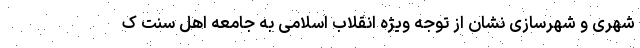
شهری و شهرسازی نشان از توجه ویژه انقلاب اسلامی به جامعه اهل سنت ک